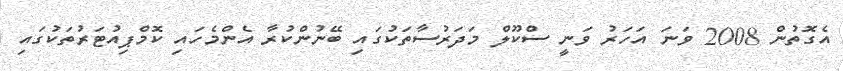
އެގޮތުން 2008 ވަނަ އަހަރު ވަނީ ސްކޫލް މަދަރުސާތަކުގައި ބޭނުންކުރާ އެންމެހައި ކޮމްޕިއުޓަރުތަކުގައި